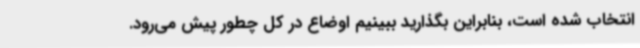
انتخاب شده است، بنابراین بگذارید ببینیم اوضاع در کل چطور پیش می‌رود.